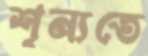
শূন্যতে